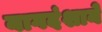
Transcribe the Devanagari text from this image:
नागदंशाने